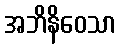
အဘိနိဝေသာ